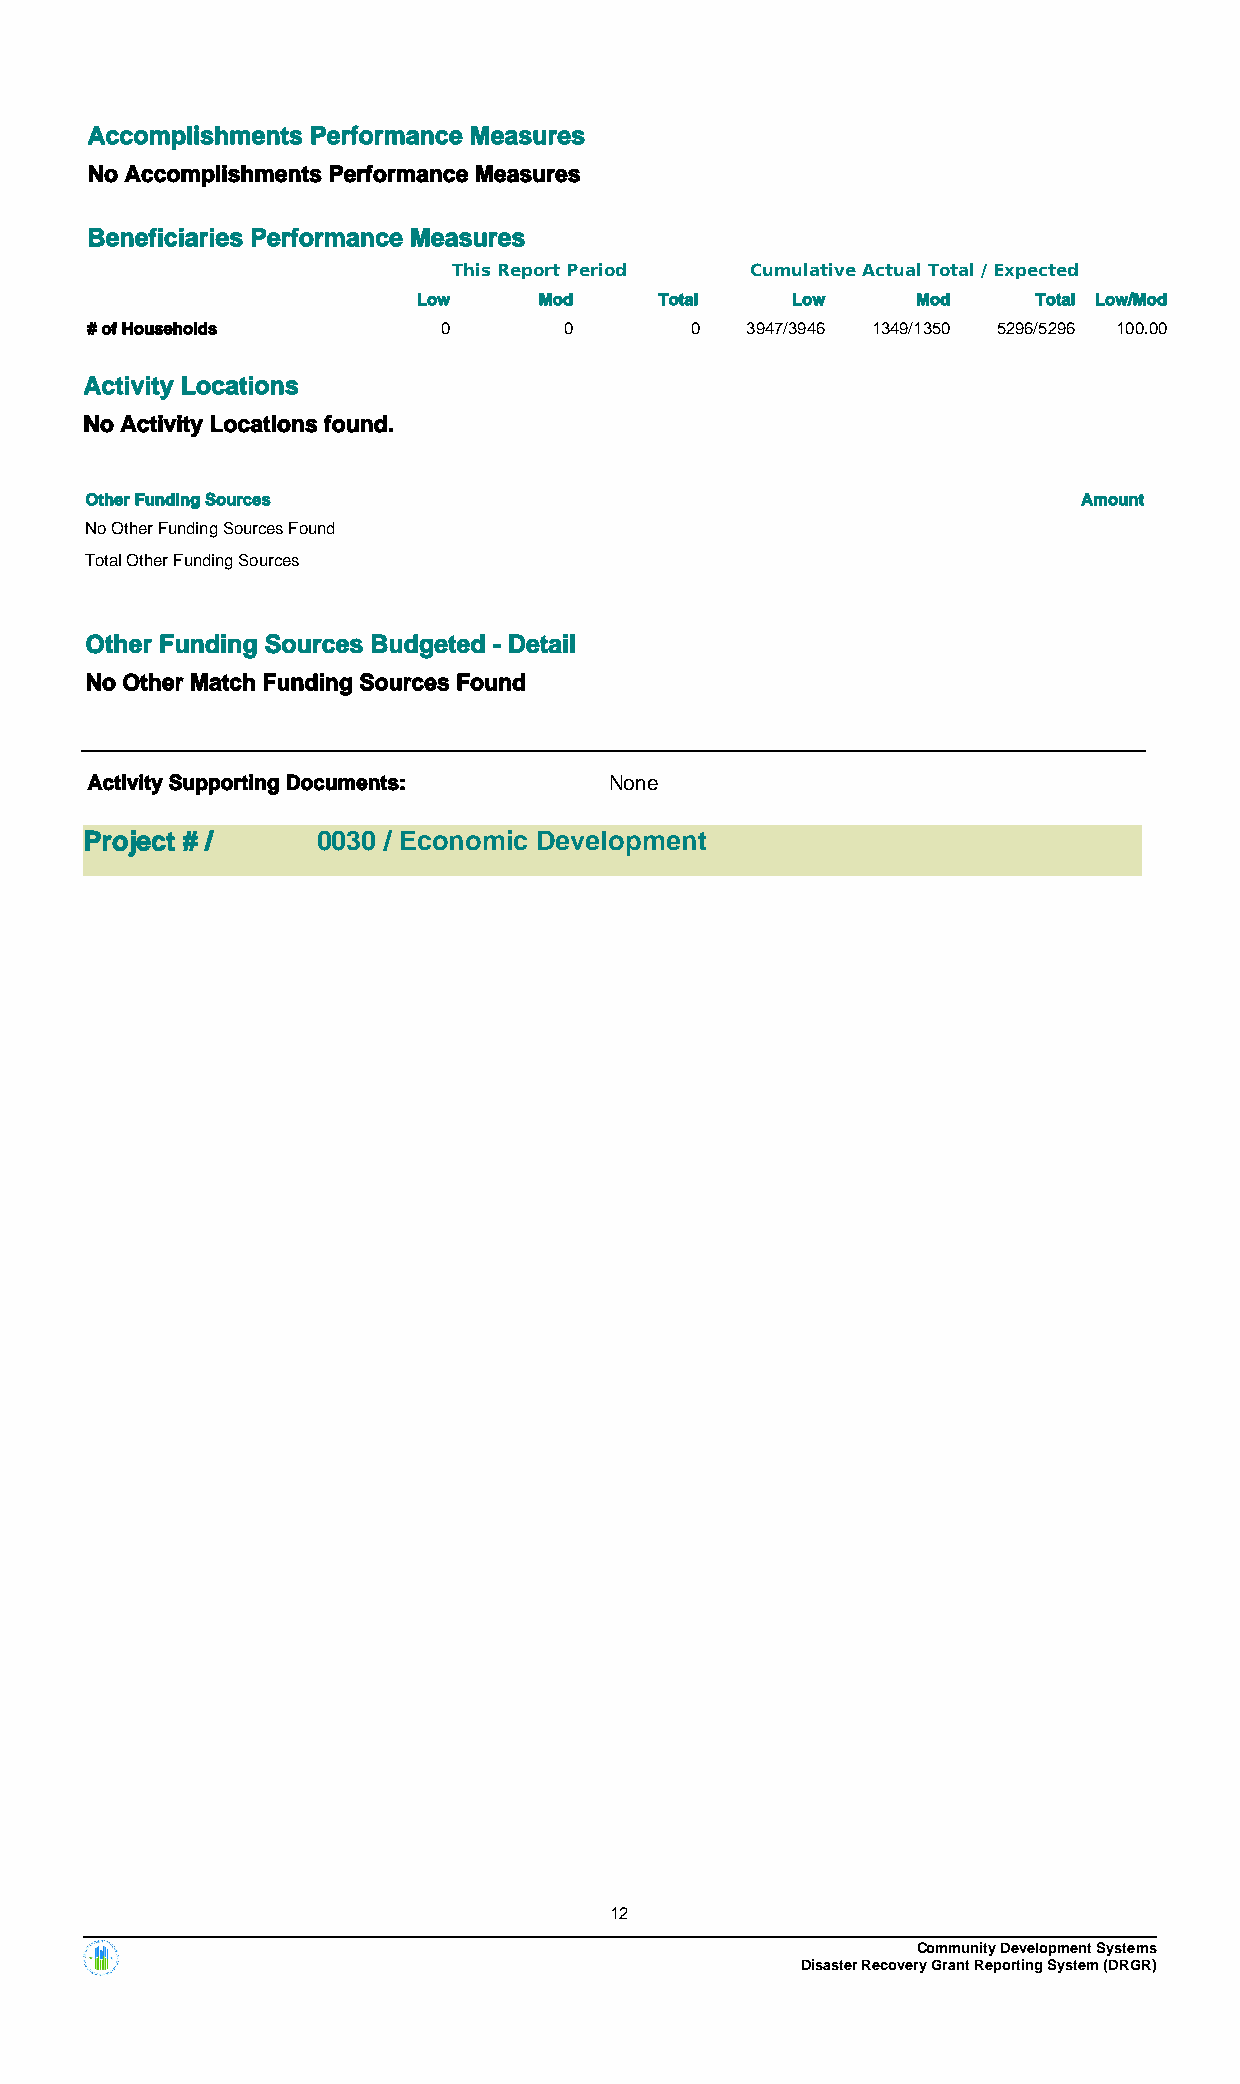
Accomplishments Performance Measures
 No Accomplishments Performance Measures
 Beneficiaries Performance Measures
 This Report Period  Cumulative Actual Total / Expected
 Low     Mod     Total   Low      Mod     Total Low/Mod
 # of Households        0       0        0  3947/3946 1349/1350 5296/5296 100.00
 Activity Locations
 No Activity Locations found.
 Other Funding Sources                                             Amount
 No Other Funding Sources Found
 Total Other Funding Sources
 Other Funding Sources Budgeted - Detail
 No Other Match Funding Sources Found
 Activity Supporting Documents:    None
 Project # /    0030 / Economic Development
 12
 Community Development Systems
 Disaster Recovery Grant Reporting System (DRGR)